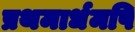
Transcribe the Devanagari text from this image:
प्रथमार्धमपि